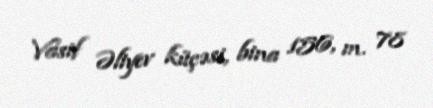
Vasif Əliyev küçəsi, bina 156, m. 78